Indian journal of veterinary science and animal husbandry - Volume 9,
Year: 1939
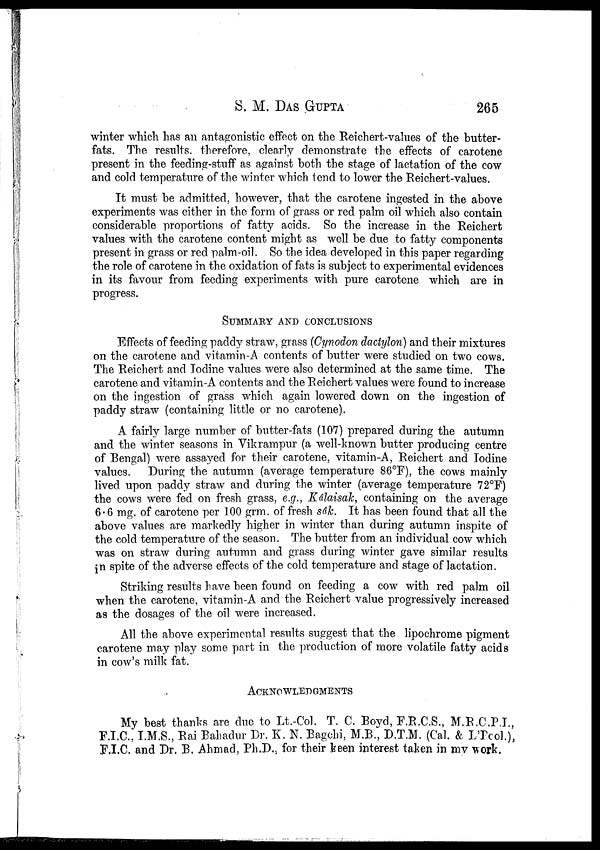
S. M. DAS GUPTA 265
winter which has an antagonistic effect on the Reichert-values of the butter-
fats. The results, therefore, clearly demonstrate the effects of carotene
present in the feeding-stuff as against both the stage of lactation of the cow
and cold temperature of the winter which tend to lower the Reichert-values.
It must be admitted, however, that the carotene ingested in the above
experiments was either in the form of grass or red palm oil which also contain
considerable proportions of fatty acids. So the increase in the Reichert
values with the carotene content might as well be due to fatty components
present in grass or red palm-oil. So the idea developed in this paper regarding
the role of carotene in the oxidation of fats is subject to experimental evidences
in its favour from feeding experiments with pure carotene which are in
progress.
SUMMARY AND CONCLUSIONS
Effects of feeding paddy straw, grass (Cynodon dactylon) and their mixtures
on the carotene and vitamin-A contents of butter were studied on two cows.
The Reichert and Iodine values were also determined at the same time. The
carotene and vitamin-A contents and the Reichert values were found to increase
on the ingestion of grass which again lowered down on the ingestion of
paddy straw (containing little or no carotene).
A fairly large number of butter-fats (107) prepared during the autumn
and the winter seasons in Vikrampur (a well-known butter producing centre
of Bengal) were assayed for their carotene, vitamin-A, Reichert and Iodine
values. During the autumn (average temperature 86°F), the cows mainly
lived upon paddy straw and during the winter (average temperature 72°F)
the cows were fed on fresh grass, e.g., Kâlaisak, containing on the average
6.6 mg. of carotene per 100 grm. of fresh sâk. It has been found that all the
above values are markedly higher in winter than during autumn inspite of
the cold temperature of the season. The butter from an individual cow which
was on straw during autumn and grass during winter gave similar results
in spite of the adverse effects of the cold temperature and stage of lactation.
Striking results have been found on feeding a cow with red palm oil
when the carotene, vitamin-A and the Reichert value progressively increased
as the dosages of the oil were increased.
All the above experimental results suggest that the lipochrome pigment
carotene may play some part in the production of more volatile fatty acids
in cow's milk fat.
ACKNOWLEDGMENTS
My best thanks are due to Lt.-Col. T. C. Boyd, F.R.C.S., M.R.C.P.I.,
F.I.C., I.M.S., Rai Bahadur Dr. K. N. Bagchi, M.B., D.T.M. (Cal. & L'Pool.),
F.I.C. and Dr. B. Ahmad, Ph.D., for their keen interest taken in my work.